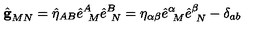
\hat { { \bf g } } _ { M N } = \hat { \eta } _ { A B } \hat { e } _ { \ M } ^ { A } \hat { e } _ { \ N } ^ { B } = \eta _ { \alpha \beta } \hat { e } _ { \ M } ^ { \alpha } \hat { e } _ { \ N } ^ { \beta } - \delta _ { a b }